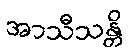
အာသီသန္တိ